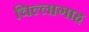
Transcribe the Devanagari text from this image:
चिल्लागाह